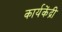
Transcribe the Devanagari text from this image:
कार्यकेंद्री